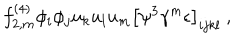
LaTeX: f _ { 2 , m } ^ { ( 4 ) } \phi _ { i } \phi _ { j } u _ { k } u _ { l } u _ { m } \left[ \psi ^ { 3 } \gamma ^ { m } \epsilon \right] _ { i j k l } \ ,